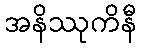
အနိဿုကိနီ